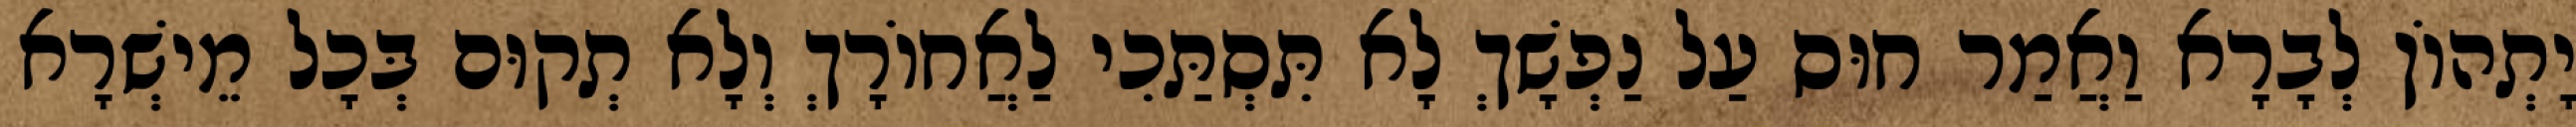
יָתְהוֹן לְבָרָא וַאֲמַר חוּס עַל נַפְשָׁךְ לָא תִּסְתַּכִי לַאֲחוֹרָךְ וְלָא תְקוּם בְּכָל מֵישְׁרָא